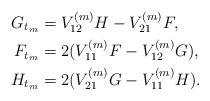
LaTeX: \begin{align*} G_{t_{m}}&=V_{12}^{(m)}H-V_{21}^{(m)}F,\\ F_{t_{m}}&=2(V_{11}^{(m)}F-V_{12}^{(m)}G),\\ H_{t_{m}}&=2(V_{21}^{(m)}G-V_{11}^{(m)}H). \end{align*}